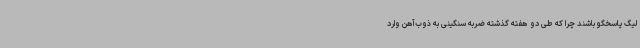
لیگ پاسخگو باشند چرا که طی دو هفته گذشته ضربه سنگینی به ذوب‌آهن وارد